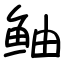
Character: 鲉